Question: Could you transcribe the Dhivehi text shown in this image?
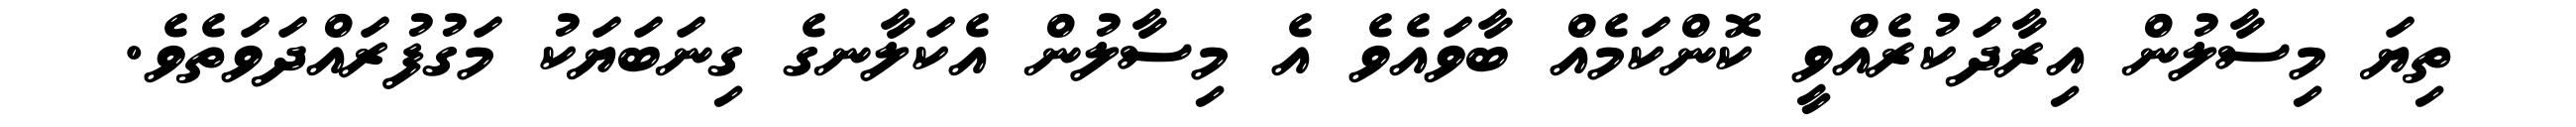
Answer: ތިޔަ މިސާލުން އިރާދަކުރެއްވީ ކޮންކަމެއް ބާވައެވެ އެ މިސާލުން އެކަލާނގެ ގިނަބަޔަކު މަގުފުރައްދަވަތެވެ.